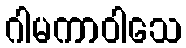
ဂါမကာဝါသေ